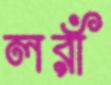
লরাঁ